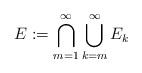
LaTeX: \begin{align*}E:=\bigcap_{m=1}^\infty\bigcup_{k=m}^\infty E_k\end{align*}